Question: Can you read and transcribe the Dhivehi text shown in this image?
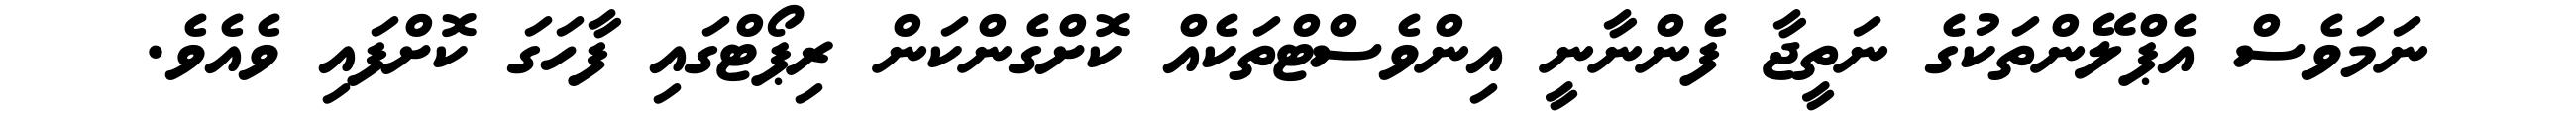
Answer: ނަމަވެސް އެޕްލޭންތަކުގެ ނަތީޖާ ފެންނާނީ އިންވެސްޓްތަކެއް ކޮށްގެންކަން ރިޕޯޓްގައި ފާހަގަ ކޮށްފައި ވެއެވެ.